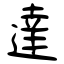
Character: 達